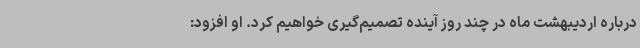
درباره اردیبهشت ماه در چند روز آینده تصمیم‌گیری خواهیم کرد. او افزود: